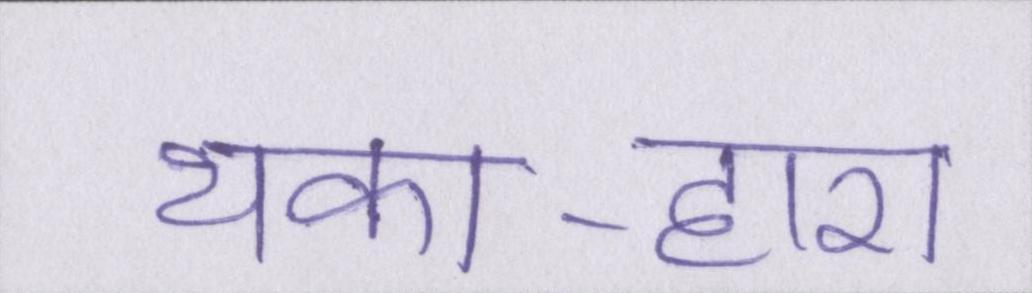
थका-हारा